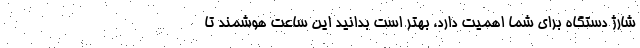
شارژ دستگاه برای شما اهمیت دارد، بهتر است بدانید این ساعت هوشمند تا